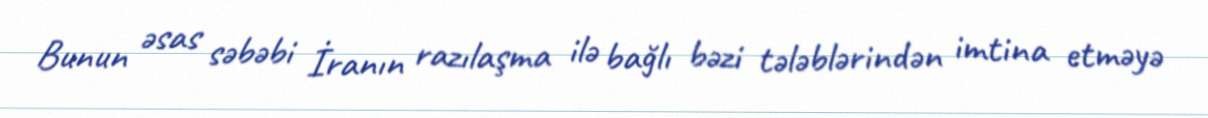
Bunun əsas səbəbi İranın razılaşma ilə bağlı bəzi tələblərindən imtina etməyə